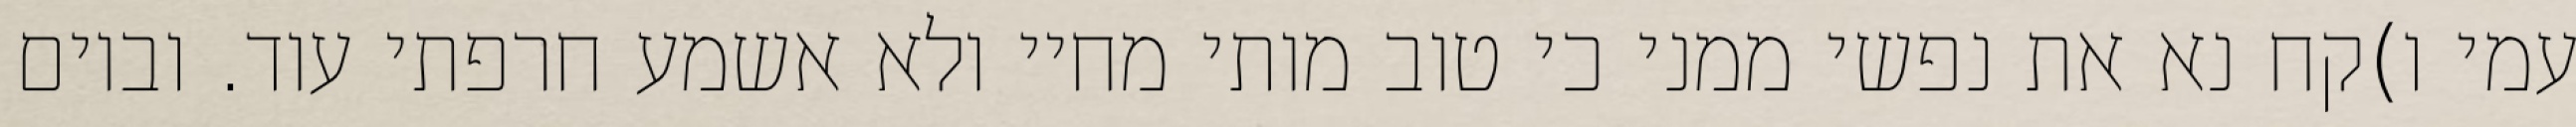
עמי ו)קח נא את נפשי ממני כי טוב מותי מחיי ולא אשמע חרפתי עוד. וביום